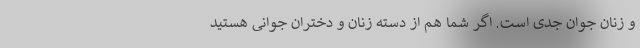
و زنان جوان جدی است. اگر شما هم از دسته زنان و دختران جوانی هستید